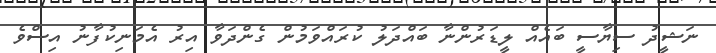
ނަޝީދު ސިޔާސީ ބައެއް ލީޑަރުންނާ ބައްދަލު ކުރައްވަމުން ގެންދަވާ އިރު އެމަނިކުފާނު އިސްވެ